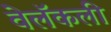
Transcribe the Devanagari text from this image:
वेलॅकली